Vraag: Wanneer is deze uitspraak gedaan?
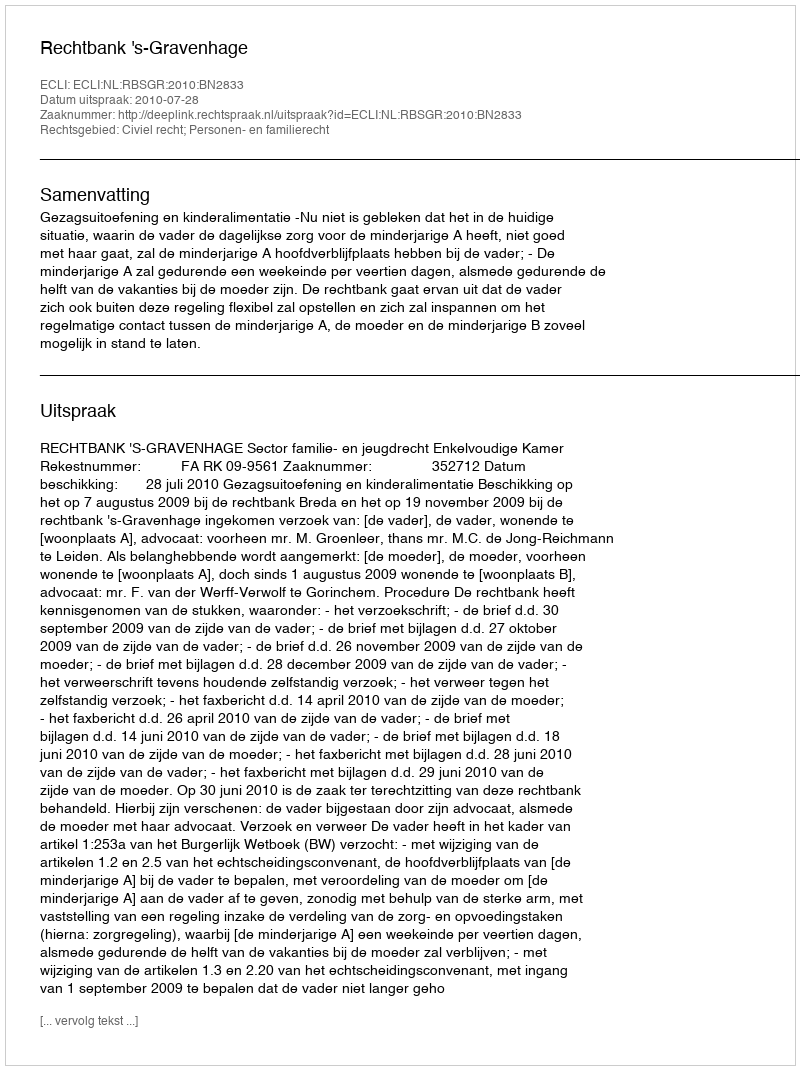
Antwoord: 2010-07-28